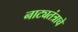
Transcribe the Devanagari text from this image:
नाट्यतंत्राचे